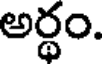
అర్థం.